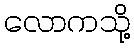
လောကသို့